Scottish Leaving Certificate Examination, 1951
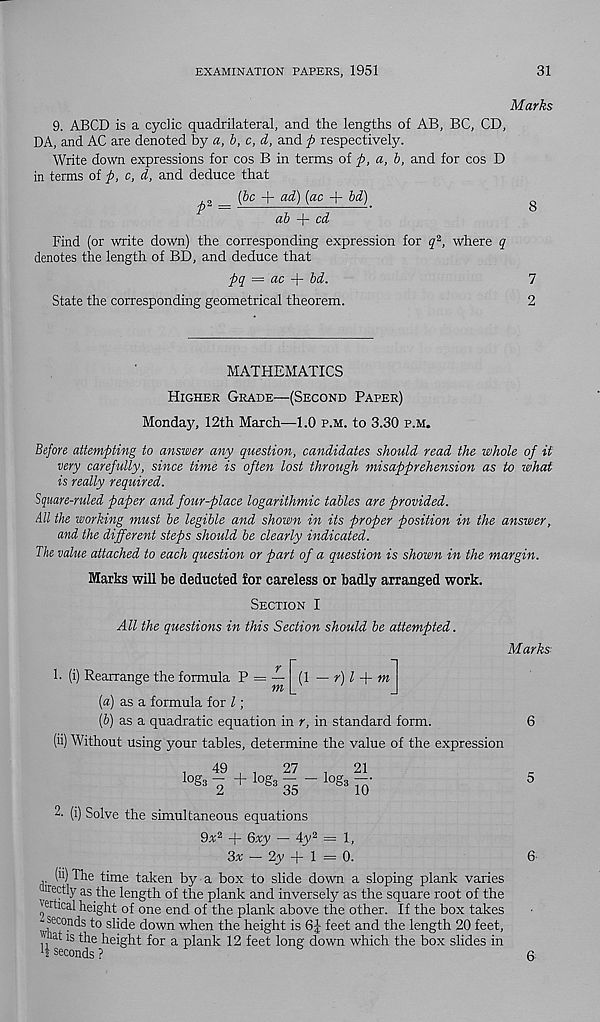
EXAMINATION PAPERS, 1951
31
Marks
9. ABCD is a cyclic quadrilateral, and the lengths of AB, BC, CD,
DA, and AC are denoted by a, b, c, d, and fi respectively.
Write down expressions for cos B in terms of p, a, b, and for cos D
in terms of p, c, d, and deduce that
_ [be + ad) (ac + bd)
g
ab + cd
Find (or write down) the corresponding expression for q 2 , where q
denotes the length of BD, and deduce that
pq — ac -\- bd.
7
State the corresponding geometrical theorem.
2
MATHEMATICS
Higher Grade—(Second Paper)
Monday, 12th March—1.0 p.m. to 3.30 p.m.
Before attempting to answer any question, candidates should read the whole of it
very carefully, since time is often lost through misapprehension as to what
is really required.
Square-ruled paper and four-place logarithmic tables are provided.
All the working must be legible and shown in its proper position in the answer,
and the different steps should be clearly indicated.
The value attached to each question or part of a question is shown in the margin.
Marks will be deducted for careless or badly arranged work.
Section I
All the questions in this Section should be attempted.
Marks
1- (i) Rearrange the formula P = —
m (1 — r) l -\- m
(а) as a formula for l;
(б) as a quadratic equation in r, in standard form.
(ii) Without using your tables, determine the value of the expression
i
49 , t
27
i
21
1 o &i + I og,--log, r0
6
5
2- (i) Solve the simultaneous equations
9a 2 + Q%y — 4y 2 = 1,
3* — 2y + 1 = 0.
6-
(ii) The time taken by a box to slide down a sloping plank varies
meetly as the length of the plank and inversely as the square root of the
^rtical height of one end of the plank above the other. If the box takes
- seconds to slide down when the height is 6| feet and the length 20 feet,
' a t is the height for a plank 12 feet long down which the box slides in
seconds ?
ft